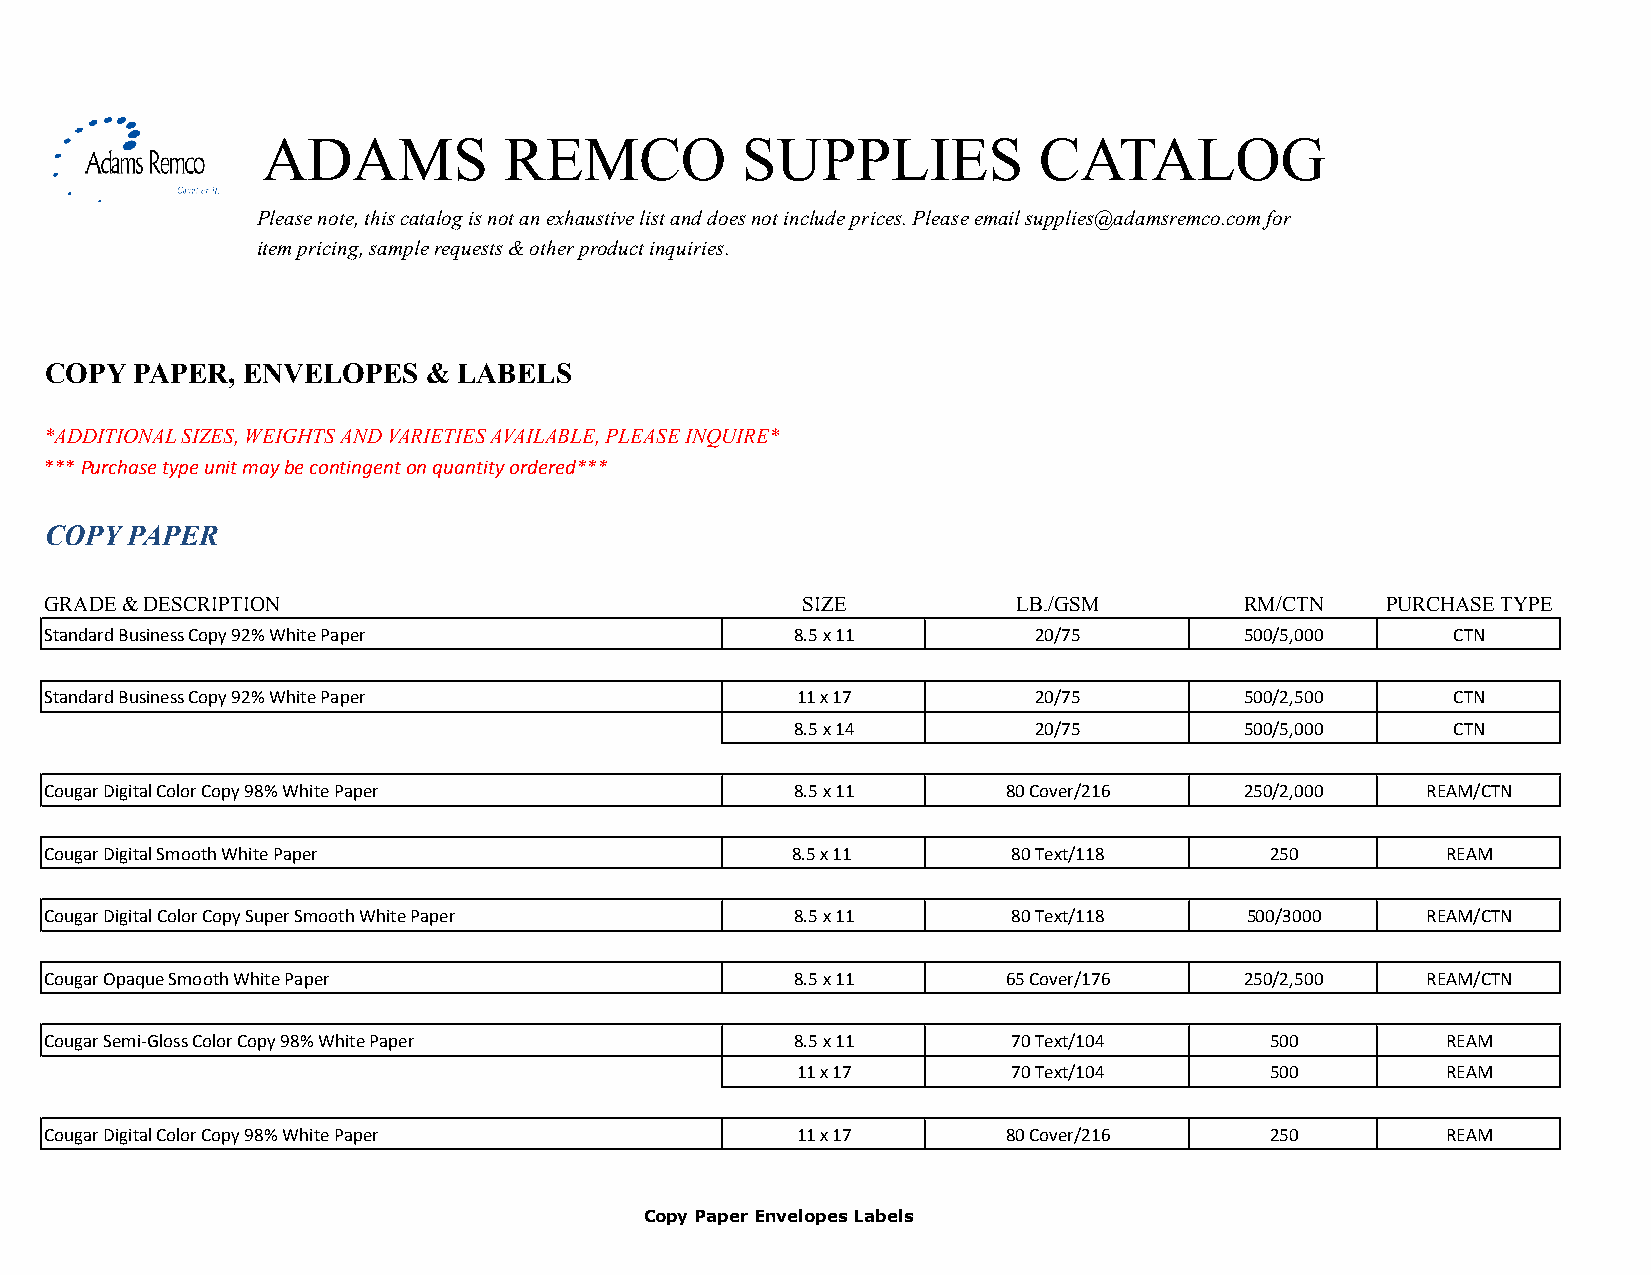
ADAMS           REMCO           SUPPLIES            CATALOG
 Please note, this catalog is not an exhaustive list and does not include prices. Please email supplies@adamsremco.com for
 item pricing, sample requests & other product inquiries.
 COPY  PAPER, ENVELOPES   & LABELS
 *ADDITIONAL SIZES, WEIGHTS AND VARIETIES AVAILABLE, PLEASE INQUIRE*
 *** Purchase type unit may be contingent on quantity ordered***
 COPY PAPER
 GRADE & DESCRIPTION                               SIZE          LB./GSM        RM/CTN    PURCHASE TYPE
 Standard Business Copy 92% White Paper            8.5 x 11       20/75         500/5,000     CTN
 Standard Business Copy 92% White Paper            11 x 17        20/75         500/2,500     CTN
 8.5 x 14       20/75         500/5,000     CTN
 Cougar Digital Color Copy 98% White Paper         8.5 x 11      80 Cover/216   250/2,000   REAM/CTN
 Cougar Digital Smooth White Paper                8.5 x 11       80 Text/118      250         REAM
 Cougar Digital Color Copy Super Smooth White Paper 8.5 x 11     80 Text/118    500/3000    REAM/CTN
 Cougar Opaque Smooth White Paper                  8.5 x 11      65 Cover/176   250/2,500   REAM/CTN
 Cougar Semi-Gloss Color Copy 98% White Paper      8.5 x 11      70 Text/104      500         REAM
 11 x 17       70 Text/104      500         REAM
 Cougar Digital Color Copy 98% White Paper         11 x 17       80 Cover/216     250         REAM
 Copy Paper Envelopes Labels